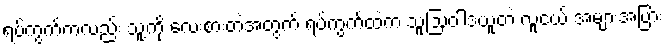
ရပ်ကွက်ကလည်း သူ့ကို လေးစားတဲ့အတွက် ရပ်ကွက်ထဲက သူ့ဩဝါဒယူတဲ့ လူငယ် အများအပြား